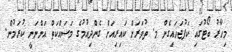
މިހާރު ބޯޓުގައި ކަފުޖަހައިގެން މ. ތުވަރަށް ކައިރިއަށް ގެންދިއުމުގެ މަސައްކަތް އަންނަނީ ކުރަމުން.